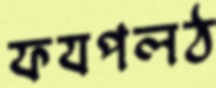
ফযপলঠ